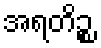
အရတိဉ္စ